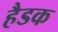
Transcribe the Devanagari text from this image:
हैडक